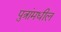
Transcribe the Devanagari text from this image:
पुत्रांमधील